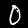
Digit: 0